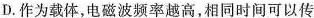
D.作为载体，电磁波频率越高，相同时间可以传